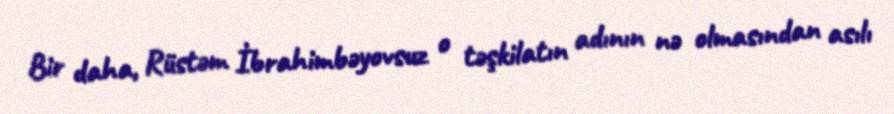
Bir daha, Rüstəm İbrahimbəyovsuz o təşkilatın adının nə olmasından asılı